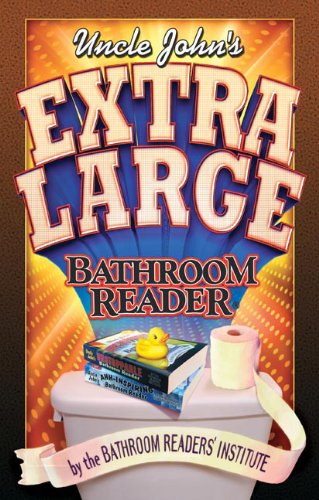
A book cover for Uncle John's Extra Large Bathroom Reader (Uncle John's Bathroom Readers); Bathroom Readers' Institute; Humor & Entertainment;